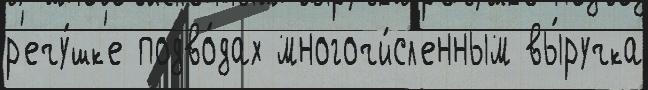
р'ечу́шк'е подво́дах многочи́сл'енным вы́ручка